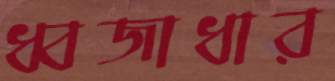
ধ্বজাধার